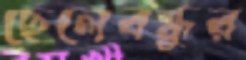
ছেলেবন্ধুর